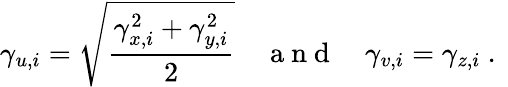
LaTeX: \gamma_{u,i}=\sqrt{\frac{\gamma_{x,i}^{2}+\gamma_{y,i}^{2}}{2}}\quad\mathrm{~a~n~d~}\quad\gamma_{v,i}=\gamma_{z,i}\mathrm{~.~}